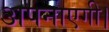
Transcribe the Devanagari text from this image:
अपनाएगी।